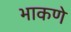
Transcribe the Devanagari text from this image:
भाकणे